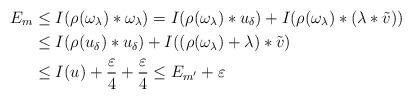
LaTeX: \begin{align*} E_m & \leq I(\rho(\omega_{\lambda})*\omega_{\lambda})=I(\rho(\omega_{\lambda})*u_{\delta})+I(\rho(\omega_{\lambda})*(\lambda*\tilde{v})) \\ & \leq I(\rho(u_{\delta})*u_{\delta})+I((\rho(\omega_{\lambda})+\lambda)*\tilde{v}) \\ & \leq I(u)+ \frac{\varepsilon}{4}+ \frac{\varepsilon}{4} \leq E_{m'}+\varepsilon\end{align*}